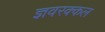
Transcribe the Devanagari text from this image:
ज्ञवरक्कल